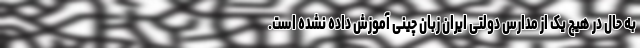
به حال در هیچ یک از مدارس دولتی ایران زبان چینی آموزش داده نشده است.